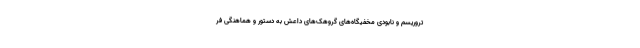
تروریسم و نابودی مخفیگاه‌های گروهک‌های داعش به دستور و هماهنگی فر